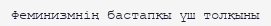
Феминизмнің бастапқы үш толқыны